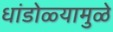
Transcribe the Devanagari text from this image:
धांडोळ्यामुळे